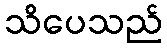
သိပေသည်